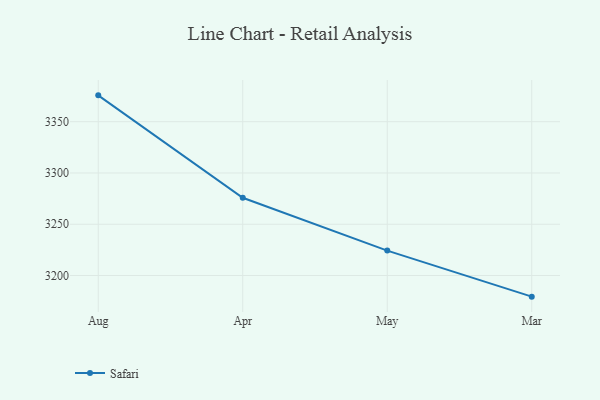
{"axis": {"x": "Month", "y": "Page Views"}, "legend": ["Safari"], "data": [{"x": "Aug", "y": 3375.7, "type": "Safari"}, {"x": "Apr", "y": 3275.8, "type": "Safari"}, {"x": "May", "y": 3224.3, "type": "Safari"}, {"x": "Mar", "y": 3179.4, "type": "Safari"}]}